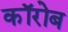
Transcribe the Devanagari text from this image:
कॉरोब